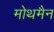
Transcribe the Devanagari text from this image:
मोथमैन